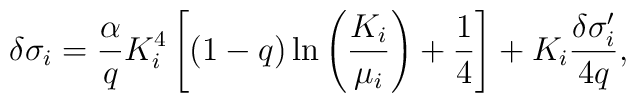
\delta\sigma_i = {\alpha\over q}K_i^4\left[(1-q)\ln\left({K_i\over\mu_i}\right)+{1\over 4}\right]+K_i {\delta\sigma_i'\over 4q},